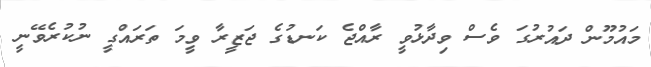
މައުމޫން ދައުރުގަ ވެސް ވިދާޅުވީ ރާއްޖެ ކަނޑުގެ ޖަޒީރާ ވީމަ ތަރައްގީ ނުކުރެވޭނީ